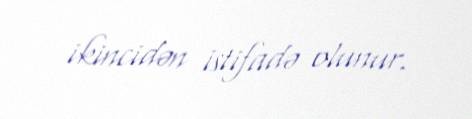
ikincidən istifadə olunur.